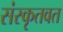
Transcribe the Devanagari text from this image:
संस्कृतवत